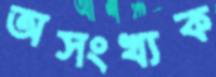
অসংখ্যক